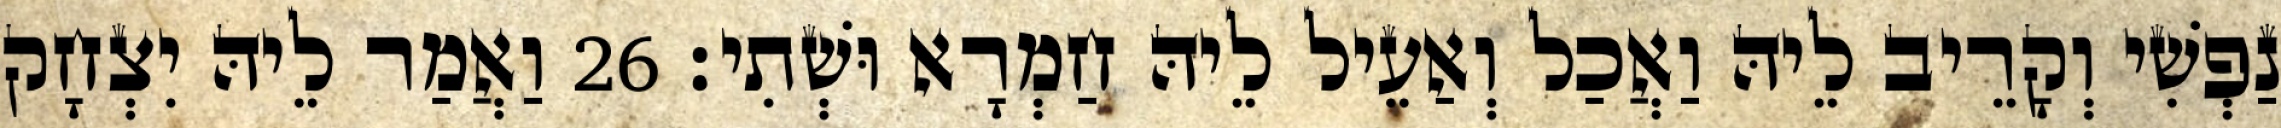
נַפְשִׁי וְקָרֵיב לֵיהּ וַאֲכַל וְאַעֵיל לֵיהּ חַמְרָא וּשְׁתִי׃ 26 וַאֲמַר לֵיהּ יִצְחָק